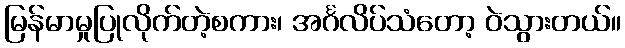
မြန်မာမှုပြုလိုက်တဲ့စကား၊ အင်္ဂလိပ်သံတော့ ဝဲသွားတယ်။